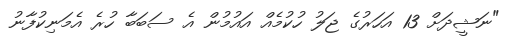
"ނަޝީދަށް 13 އަހަރުގެ ޖަލު ހުކުމެއް އައުމުން އެ ސަބަބާ ހުރެ އެމަނިކުފާނު